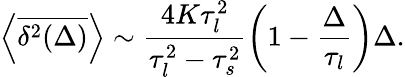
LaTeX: \left<\overline{{\delta^{2}(\Delta)}}\right>\sim\frac{4K\tau_{l}^{2}}{\tau_{l}^{2}-\tau_{s}^{2}}\left(1-\frac{\Delta}{\tau_{l}}\right)\Delta.